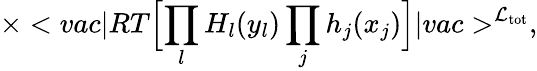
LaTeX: \times<vac\vert RT\Bigl[\prod_{l}H_{l}(y_{l})\prod_{j}h_{j}(x_{j})\Bigr]\vert vac>^{{\cal L}_{\mathrm{tot}}},